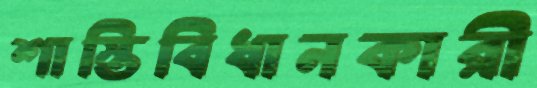
শাস্তিবিধানকারী